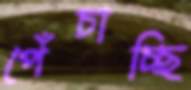
পেঁচাচ্ছি